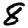
Digit: 8